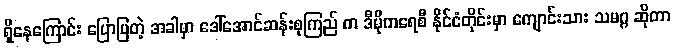
ရှိနေကြောင်း ပြောပြတဲ့ အခါမှာ ဒေါ်အောင်ဆန်းစုကြည် က ဒီမိုကရေစီ နိုင်ငံတိုင်းမှာ ကျောင်းသား သမဂ္ဂ ဆိုတာ